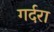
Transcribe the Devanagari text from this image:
गर्दरा